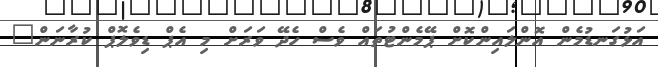
އަޅުގަނޑުމެން އޮންލައިންކޮށް ޕޭމެންޓުތައް ވެސް ހެދޭ ވަރަށް މި އެޕް ޑިވެލޮޕް ކުރާނަން"